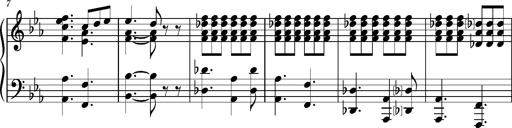
Title: KlavierstÃ¼ck in Es-Dur
Composer: Franz Liszt
Key: E-flat major